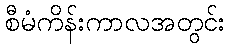
စီမံကိန်းကာလအတွင်း